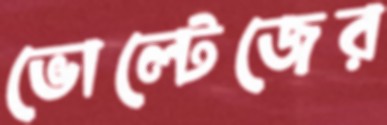
ভোল্টেজের